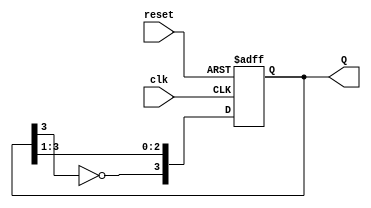
module johnson_counter (
    input wire clk,       // Clock input
    input wire reset,     // Asynchronous reset input
    output reg [3:0] Q    // 4-bit output
);

// Sequential logic for the Johnson counter
always @(posedge clk or posedge reset) begin
    if (reset) begin
        Q <= 4'b0000;    // Reset output to 0000
    end else begin
        Q <= {~Q[3], Q[3:1]}; // Shift right, with Q3 inverted fed to Q0
    end
end

endmodule